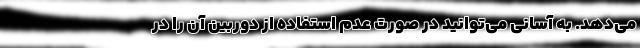
می‌دهد. به آسانی می‌توانید در صورت عدم استفاده از دوربین آن را در